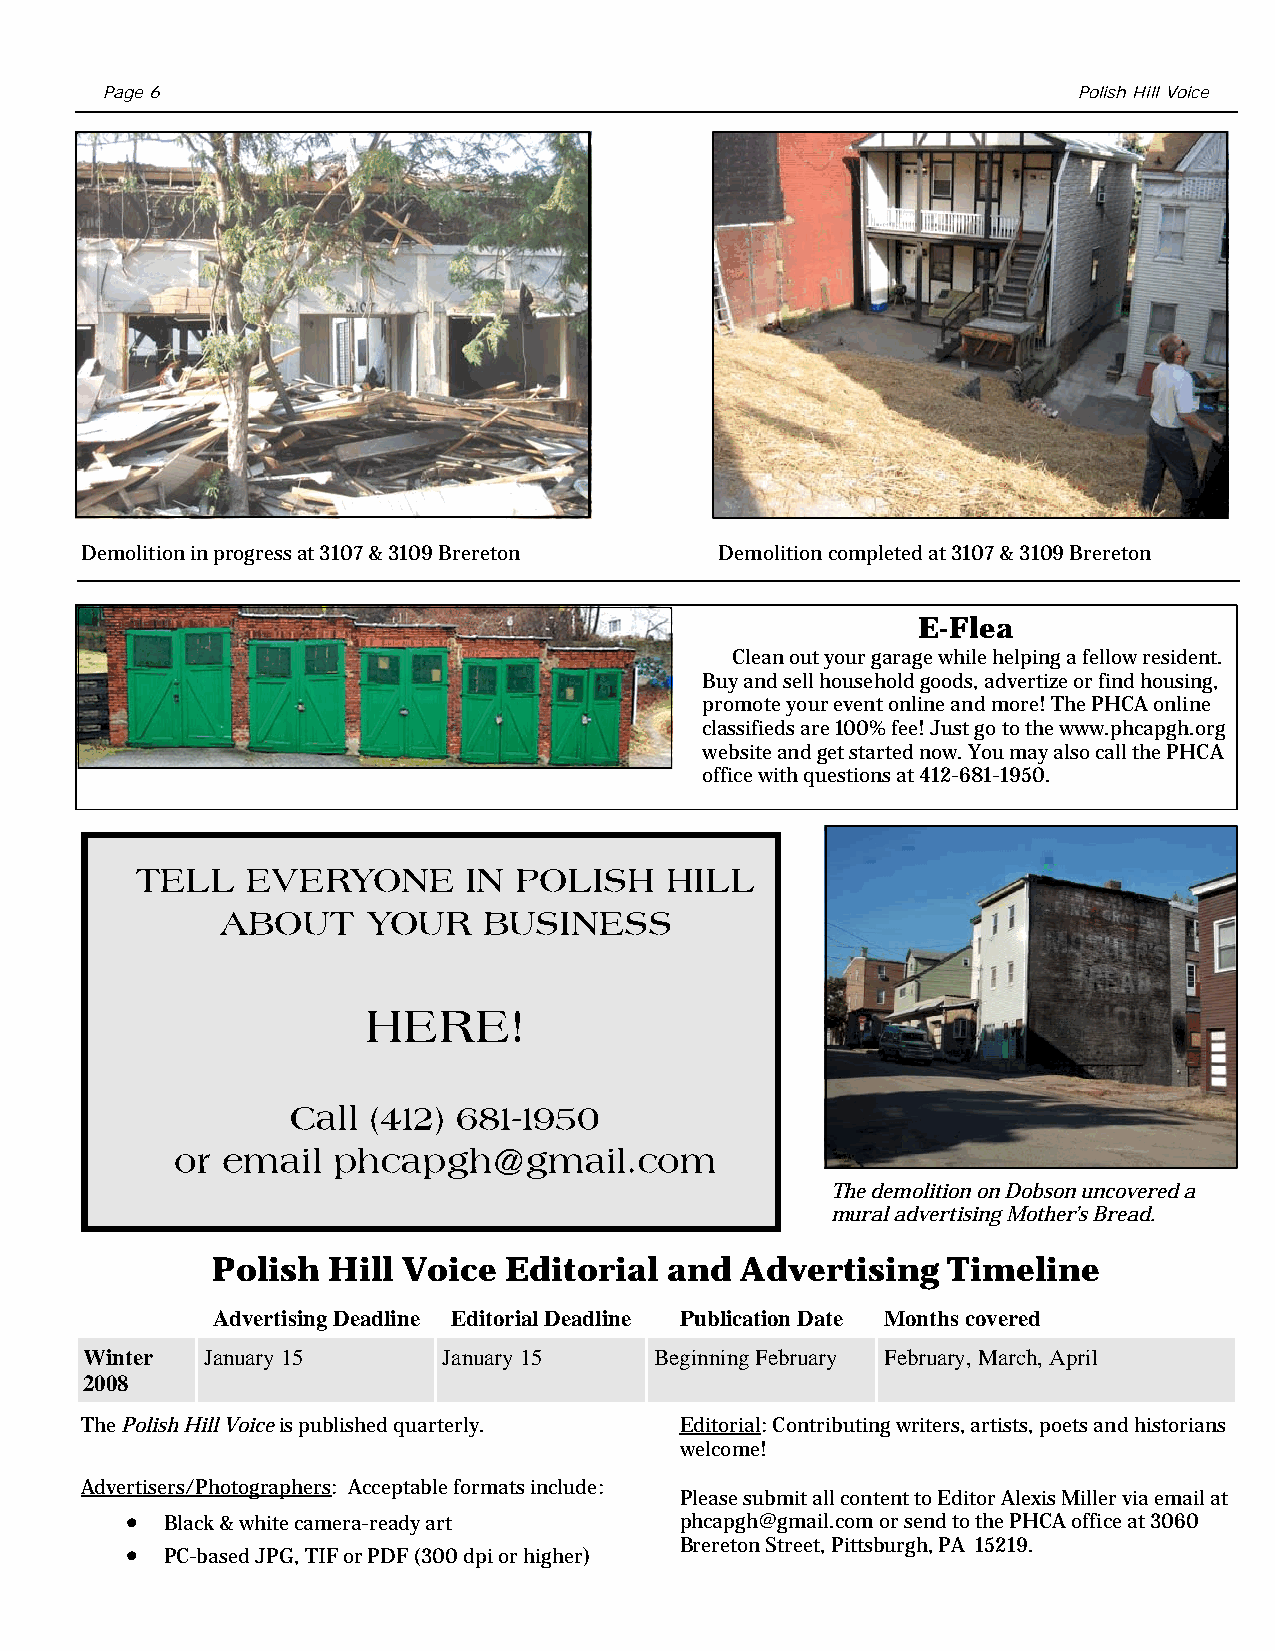
Page 6                                                          Polish Hill Voice
 Demolition in progress at 3107 & 3109 Brereton Demolition completed at 3107 & 3109 Brereton
 E-Flea
 Clean out your garage while helping a fellow resident.
 Buy and sell household goods, advertize or find housing,
 promote your event online and more! The PHCA online
 classifieds are 100% fee! Just go to the www.phcapgh.org
 website and get started now. You may also call the PHCA
 office with questions at 412-681-1950.
 TELL   EVERYONE       IN POLISH    HILL
 ABOUT     YOUR    BUSINESS
 HERE!
 Call (412) 681-1950
 or email  phcapgh@gmail.com
 The demolition on Dobson uncovered a
 mural advertising Mother’s Bread.
 Polish  Hill Voice Editorial  and  Advertising   Timeline
 Advertising Deadline Editorial Deadline Publication Date Months covered
 Winter  January 15      January 15    Beginning February February, March, April
 2008
 The Polish Hill Voice is published quarterly. Editorial: Contributing writers, artists, poets and historians
 welcome!
 Advertisers/Photographers: Acceptable formats include:
 Please submit all content to Editor Alexis Miller via email at
 •  Black & white camera-ready art    phcapgh@gmail.com or send to the PHCA office at 3060
 Brereton Street, Pittsburgh, PA 15219.
 •  PC-based JPG, TIF or PDF (300 dpi or higher)